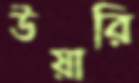
উয়ারি